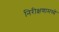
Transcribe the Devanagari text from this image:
निरीक्षणामध्ये